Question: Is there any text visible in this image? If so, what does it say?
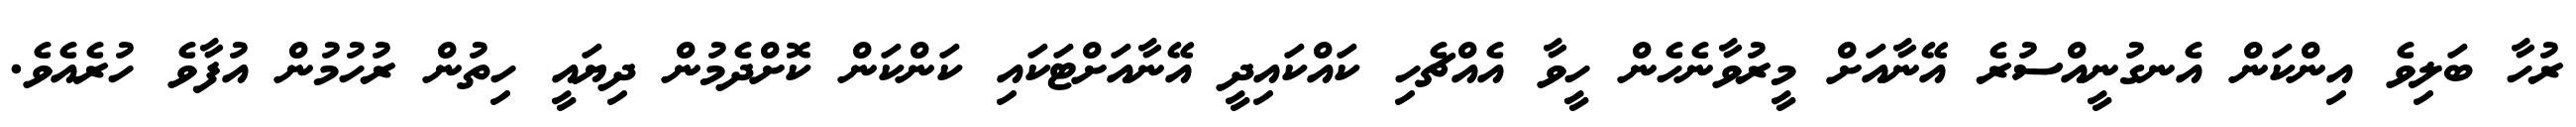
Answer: ރުހާ ބަލިވެ އިންކަން އެނގުނީއްސުރެ އޭނާއަށް މީރުވާނެހެން ހީވާ އެއްޗެހި ކައްކައިދީ އޭނާއަށްޓަކައި ކަންކަން ކޮށްދެމުން ދިޔައީ ހިތުން ރުހުމުން އުފާވެ ހުރެއެވެ.